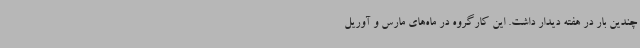
چندین بار در هفته دیدار داشت. این کارگروه در ماه‌های مارس و آوریل